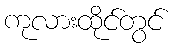
ကုလားထိုင်တွင်